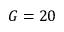
G = 2 0